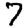
Digit: 7